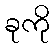
ခုကို